Scottish Certificate of Education, 1963
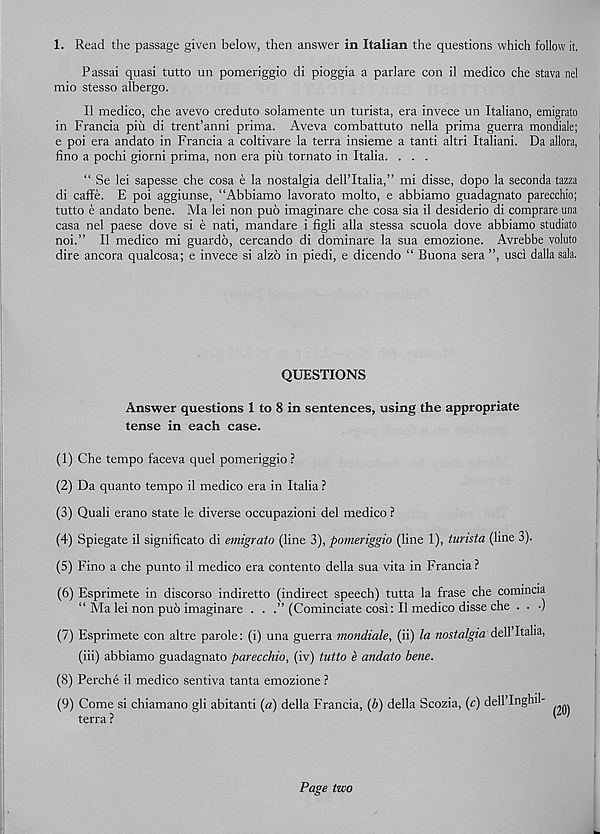
1. Read the passage given below, then answer in Italian the questions which follow it.
Passai quasi tutto un pomeriggio di pioggia a parlare con il medico che stava nel
mio stesso albergo.
II medico, che avevo creduto solamente un turista, era invece un Italiano, emigrato
in Francia piii di trent’anni prima. Aveva combattuto nella prima guerra mondiale;
e poi era andato in Francia a coltivare la terra insieme a tanti altri Italiani. Da allora,
fino a pochi giorni prima, non era piii tomato in Italia. . . .
“ Se lei sapesse che cosa e la nostalgia dell’Italia,” mi disse, dopo la seconda tazza
di caffe. E poi aggiunse, “Abbiamo lavorato molto, e abbiamo guadagnato parecchio;
tutto e andato bene. Ma lei non pub imaginare che cosa sia il desiderio di comprare una
casa nel paese dove si e nati, mandate i figli alia stessa scuola dove abbiamo studiato
noi.” Il medico mi guardo, cercando di dominare la sua emozione. Avrebbe voluto
dire ancora qualcosa; e invece si alzo in piedi, e dicendo “ Buona sera ”, usci dalla sala.
QUESTIONS
Answer questions 1 to 8 in sentences, using the appropriate
tense in each case.
(1) Che tempo faceva quel pomeriggio ?
(2) Da quanto tempo il medico era in Italia ?
(3) Quali erano state le diverse occupazioni del medico ?
(4) Spiegate il significato di emigrato (line 3), pomeriggio (line 1), turista (line 3).
(5) Fino a che punto il medico era contento della sua vita in Francia ?
(6) Esprimete in discorso indiretto (indirect speech) tutta la frase che comincia
“ Ma lei non pub imaginare . . .” (Cominciate cost: Il medico disse che . • •)
(7) Esprimete con altre parole: (i) una guerra mondiale, (ii) la nostalgia At\\ Italia,
(iii) abbiamo guadagnato parecchio, (iv) tutto e andato bene.
(8) Perche il medico sentiva tanta emozione ?
(9) Come si chiamano gli abitanti (a) della Francia, (b) della Scozia, (c) dell Inghil-
terra ?
' '
L
Page two